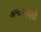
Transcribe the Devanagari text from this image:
अश्वःसप्तमुखौ